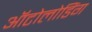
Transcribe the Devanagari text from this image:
ऑटोलोडिंग